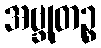
အဗ္ဘုတဉ္စ